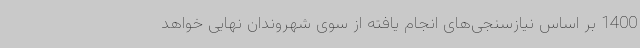
1400 بر اساس نیازسنجی‌های انجام یافته از سوی شهروندان نهایی خواهد